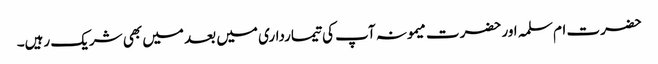
حضرت ام سلمہ اور حضرت میمونہ آپ کی تیمارداری میں بعد میں بھی شریک رہیں۔